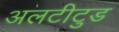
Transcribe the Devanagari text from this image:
अलटीटुड